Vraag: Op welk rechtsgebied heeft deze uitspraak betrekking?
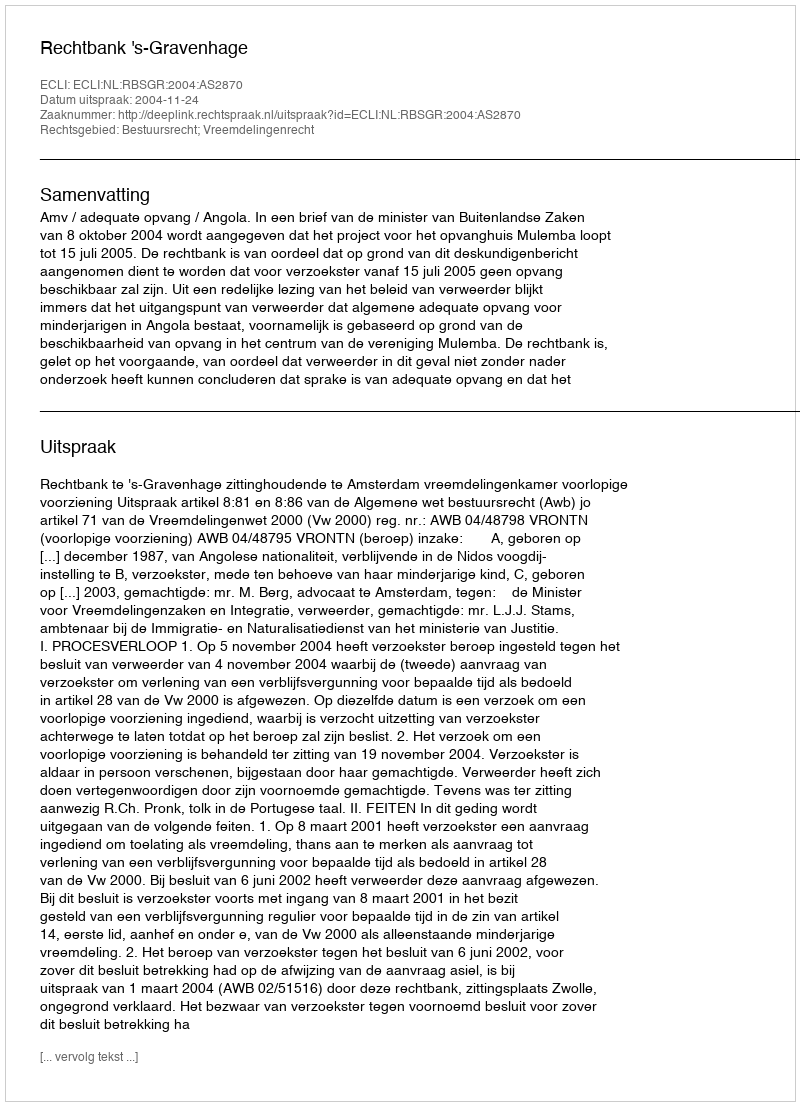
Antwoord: Bestuursrecht; Vreemdelingenrecht